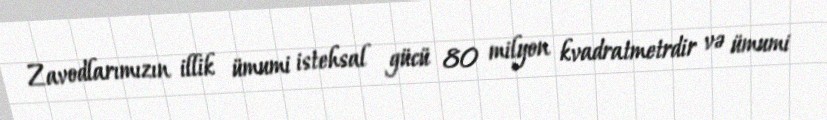
Zavodlarımızın illik ümumi istehsal gücü 80 milyon kvadratmetrdir və ümumi